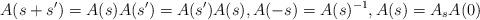
LaTeX: \begin{align*}A(s+s')=A(s)A(s')=A(s')A(s), A(-s)=A(s)^{-1}, A(s)=A_sA(0)\end{align*}